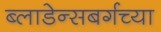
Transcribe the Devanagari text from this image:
ब्लाडेन्सबर्गच्या